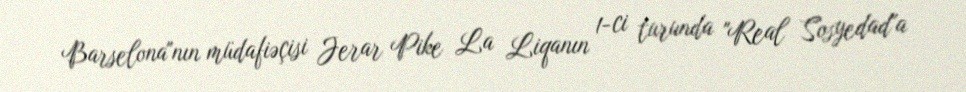
Barselona"nın müdafiəçisi Jerar Pike La Liqanın 1-ci turunda "Real Sosyedad"a